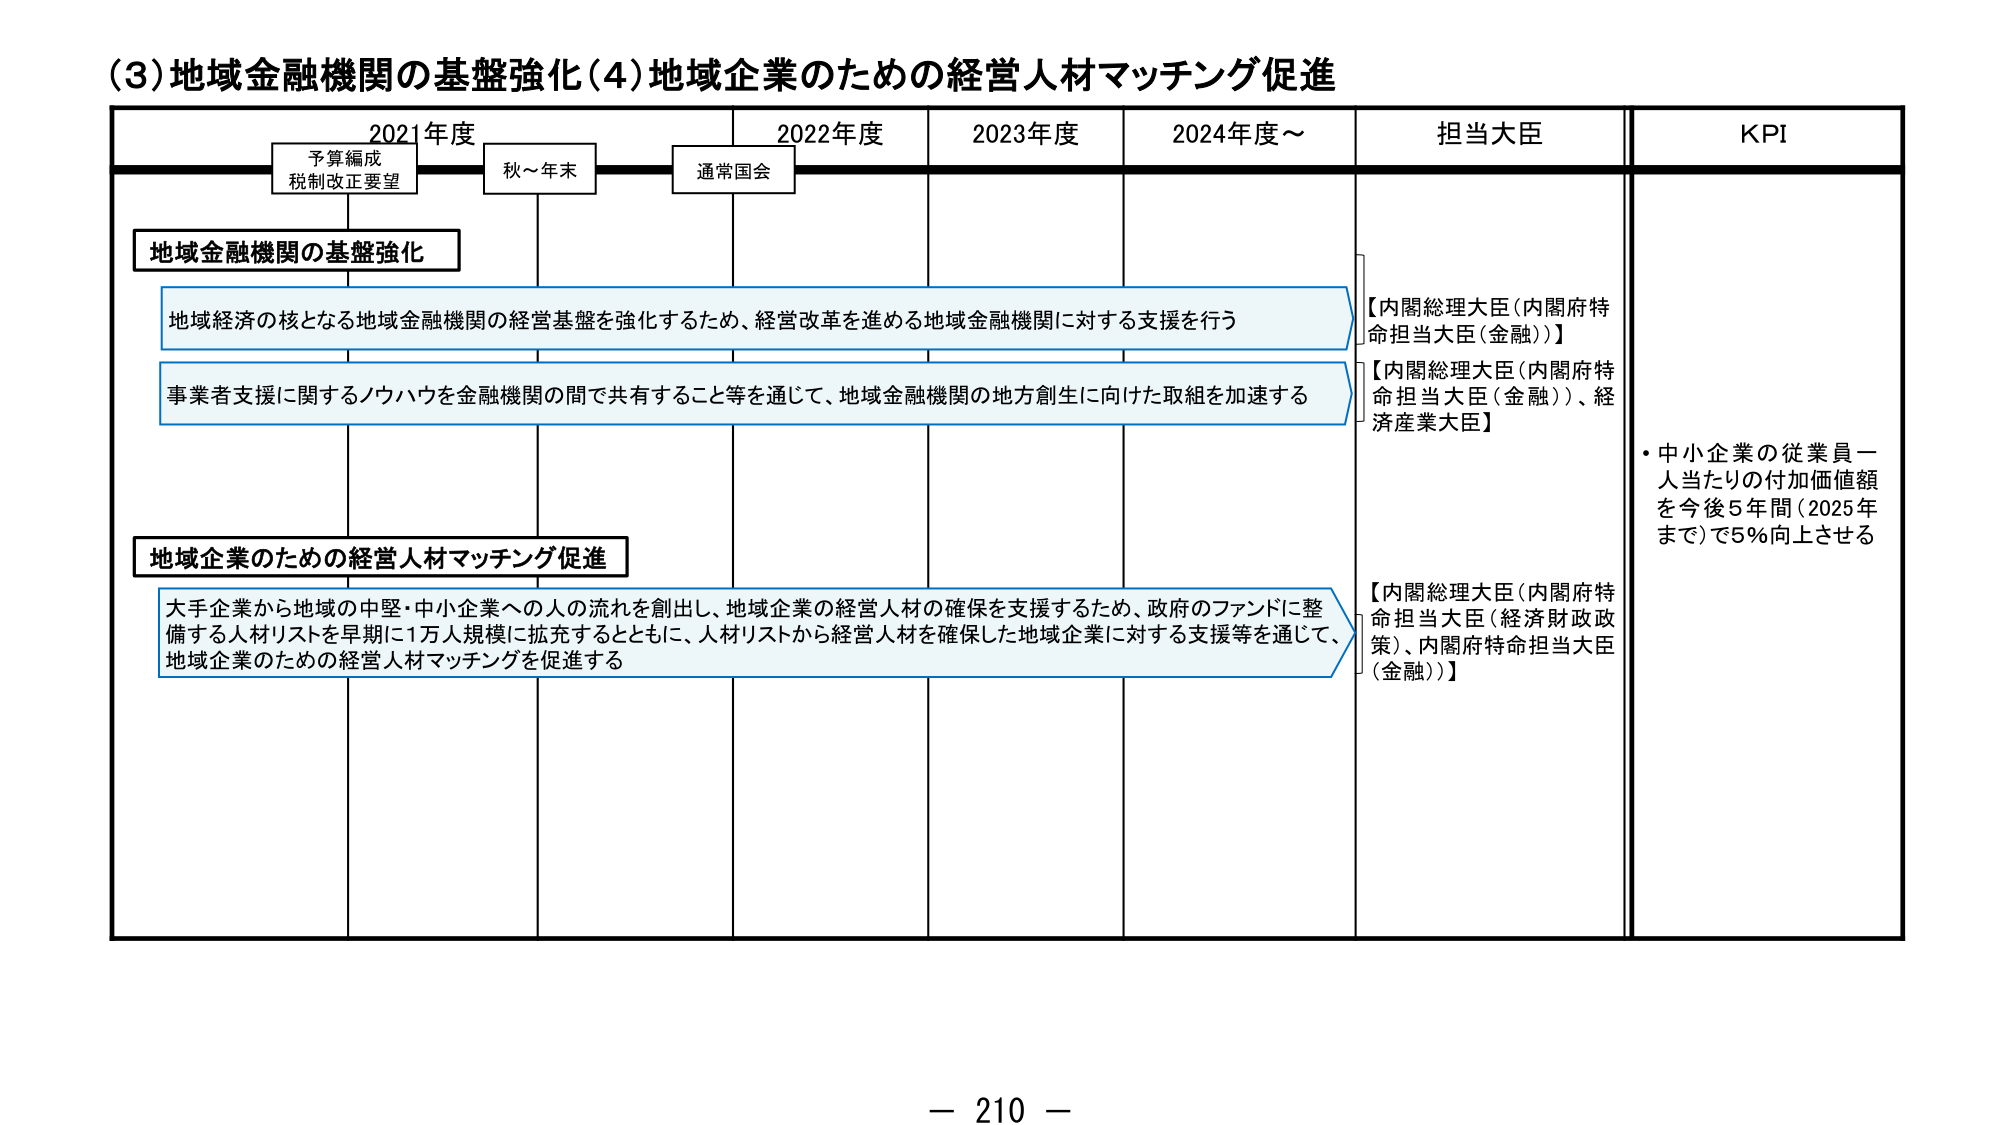
(3)地域金融機関の基盤強化(4)地域企業のための経営人材マッチング促進
2021年度
予算編成
税制改正要望
秋～年末
通常国会
2022年度
2023年度
2024年度～
担当大臣
KPI
地域金融機関の基盤強化
地域経済の核となる地域金融機関の経営基盤を強化するため、経営改革を進める地域金融機関に対する支援を行う
【内閣総理大臣(内閣府特命担当大臣(金融))】
事業者支援に関するノウハウを金融機関の間で共有すること等を通じて、地域金融機関の地方創生に向けた取組を加速する
【内閣総理大臣(内閣府特命担当大臣(金融))、経済産業大臣】
地域企業のための経営人材マッチング促進
大手企業から地域の中堅・中小企業への人の流れを創出し、地域企業の経営人材の確保を支援するため、政府のファンドに整備する人材リストを早期に1万人規模に拡充するとともに、人材リストから経営人材を確保した地域企業に対する支援等を通じて、地域企業のための経営人材マッチングを促進する
【内閣総理大臣(内閣府特命担当大臣(経済財政政策)、内閣府特命担当大臣(金融))】
・中小企業の従業員一人当たりの付加価値額を今後5年間(2025年まで)で5％向上させる
－ 210 －